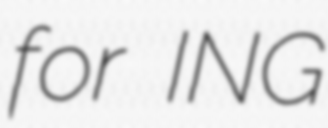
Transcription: for ING